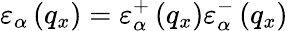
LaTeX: {{\varepsilon}_{\alpha}}\left({{q}_{x}}\right)=\varepsilon_{\alpha}^{+}\left({{q}_{x}}\right)\varepsilon_{\alpha}^{-}\left({{q}_{x}}\right)